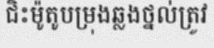
ជិះម៉ូតូបម្រុងឆ្លងថ្នល់ត្រូវ